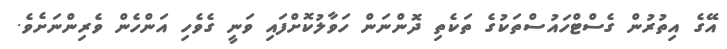
އޭގެ އިތުރުން ގެސްޓްހައުސްތަކުގެ ތަކެތި ދޮންނަން ހަވާލުކޮށްފައި ވަނީ ގެވެހި އަންހެން ވެރިންނަށެވެ.